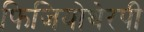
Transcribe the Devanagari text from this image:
फिजियोथेरपी